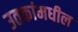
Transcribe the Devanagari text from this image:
उतकांमधील